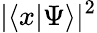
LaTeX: |\langle x|\Psi\rangle|^{2}